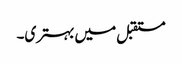
مستقبل میں بہتری۔